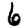
Digit: 6